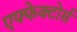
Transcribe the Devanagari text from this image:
एफ्फेक्टोर्स